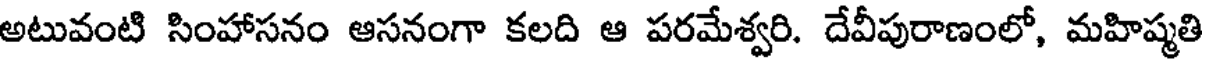
అటువంటి సింహాసనం ఆసనంగా కలది ఆ పరమేశ్వరి. దేవీపురాణంలో, మహిష్మతి